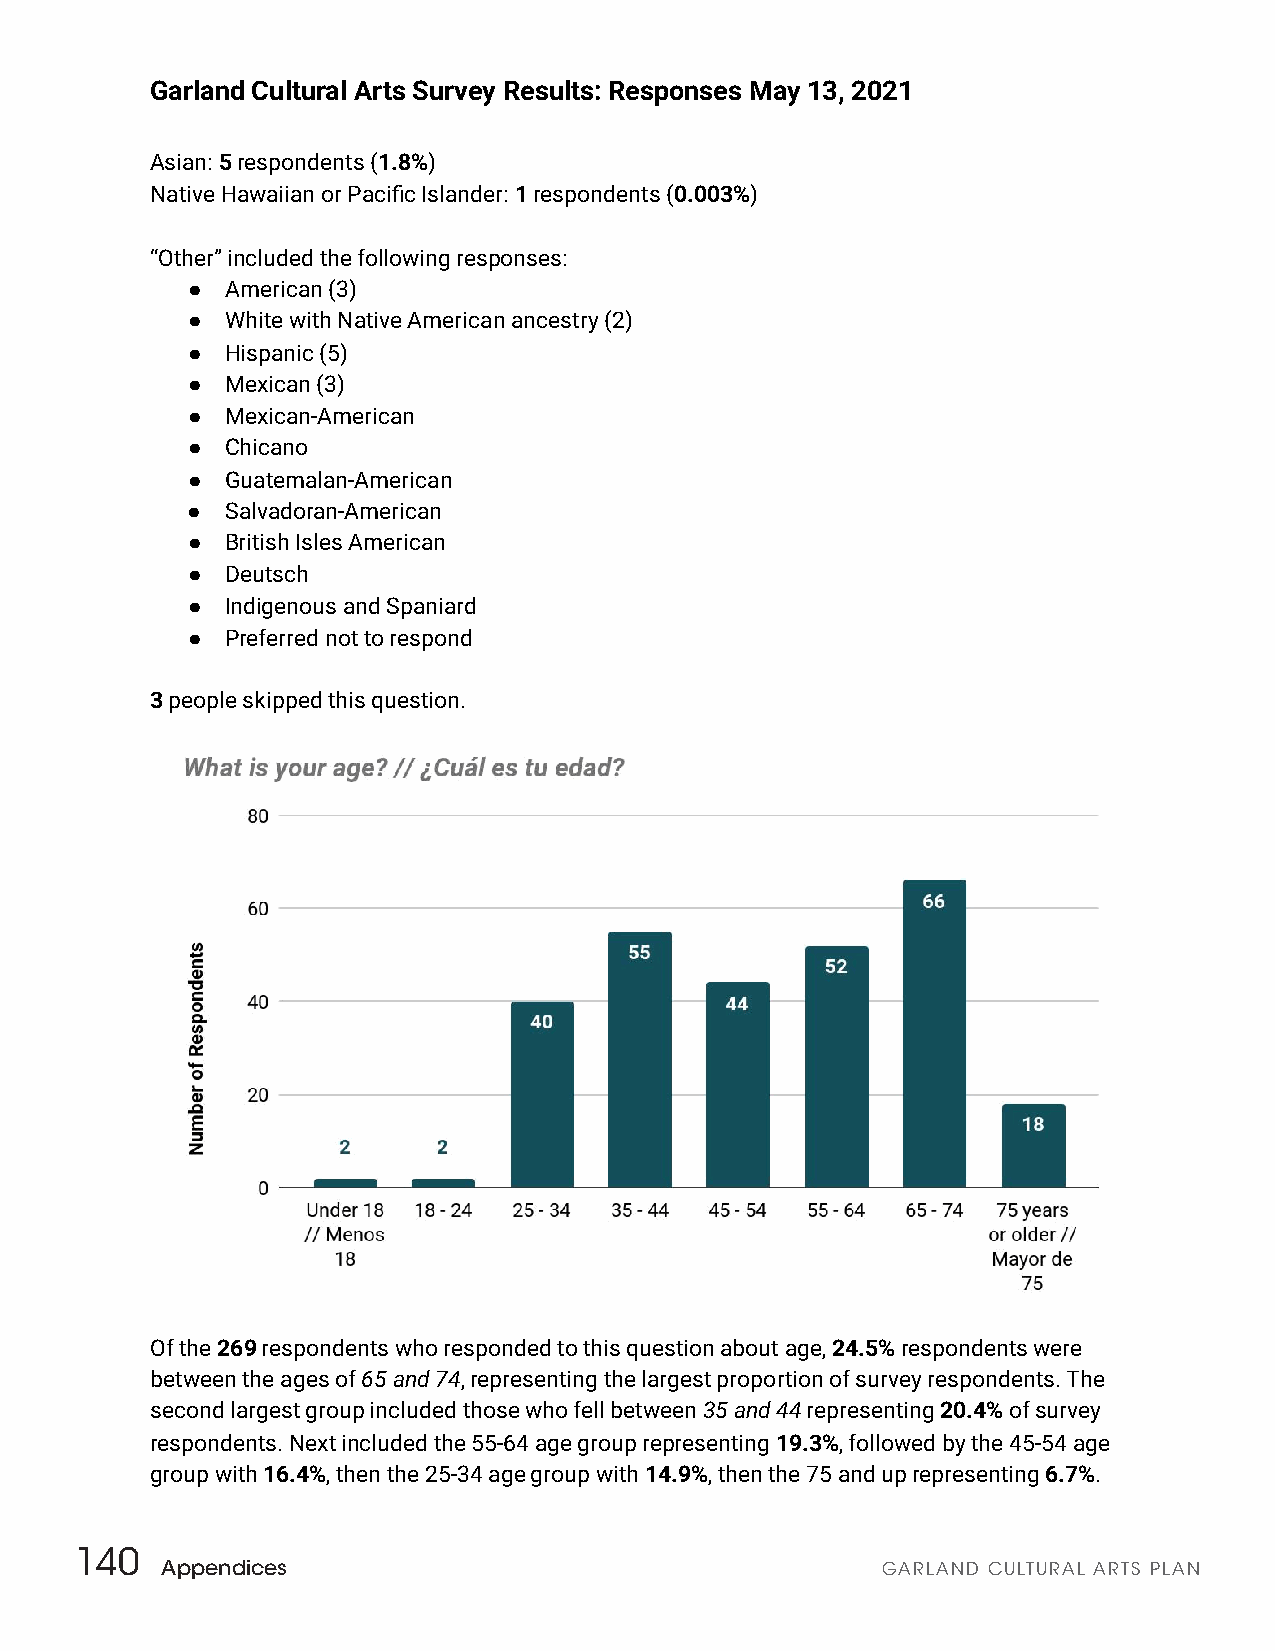
Garland Cultural Arts Survey Results: Responses May 13, 2021
 Asian: 5 r espondents (1 .8%)
 Native Hawaiian or Pacific Islander: 1 respondents ( 0.003% )
 “Other” included the following responses:
 ●  American (3)
 ●  White with Native A merican ancestry (2)
 ●  Hispanic (5)
 ●  Mexican (3)
 ●  Mexican-American
 ●  Chicano
 ●  Guatemalan-American
 ●  Salvadoran-American
 ●  British Isles American
 ●  Deutsch
 ●  Indigenous and Spaniard
 ●  Preferred not to respond
 3 people skipped this question.
 Of the 2 69 respondents who responded to this question about age, 2 4.5% r espondents were
 between the ages of 65 and 74, representing the largest proportion of survey respondents. The
 second largest group included those who fell between 3 5 and 44 representing 20.4% of survey
 respondents. Next included the 55-64 age group representing 1 9.3% , followed by the 45-54 age
 group with 1 6.4% , then the 25-34 age group with 1 4.9% , then the 75 and up representing 6 .7%.
 140
 Appendices                                     GARLAND CULTURAL ARTS PLAN